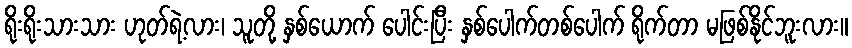
ရိုးရိုးသားသား ဟုတ်ရဲ့လား၊ သူတို့ နှစ်ယောက် ပေါင်းပြီး နှစ်ပေါက်တစ်ပေါက် ရိုက်တာ မဖြစ်နိုင်ဘူးလား။